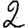
Digit: 2